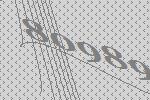
80989